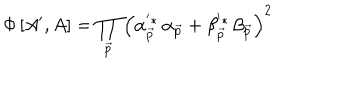
LaTeX: \Phi \left[ A ^ { \prime } , A \right] = \prod _ { \vec { p } } \left( \alpha _ { \vec { p } } ^ { ^ { \prime } * } \, \alpha _ { \vec { p } } + \beta _ { \vec { p } } ^ { ^ { \prime } * } \, \beta _ { \vec { p } } \right) ^ { 2 }